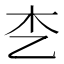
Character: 朰